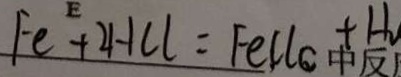
F e + 2 H C l = F e l l c + H _ { 2 }